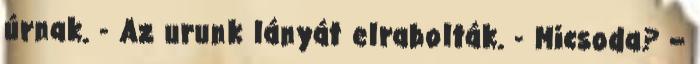
úrnak. - Az urunk lányát elrabolták. - Micsoda? –